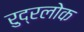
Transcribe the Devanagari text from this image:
रुद्रलोक